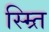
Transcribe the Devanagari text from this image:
स्म्र्ति